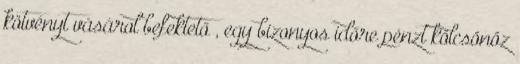
kötvényt vásárol befektető , egy bizonyos időre pénzt kölcsönöz